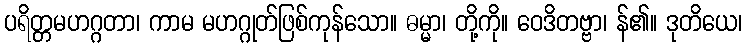
ပရိတ္တမဟဂ္ဂတာ၊ ကာမ မဟဂ္ဂုတ်ဖြစ်ကုန်သော။ ဓမ္မာ၊ တို့ကို။ ဝေဒိတဗ္ဗာ၊ န်၏။ ဒုတိယေ၊